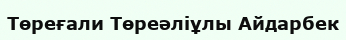
Төреғали Төреəліұлы Айдарбек